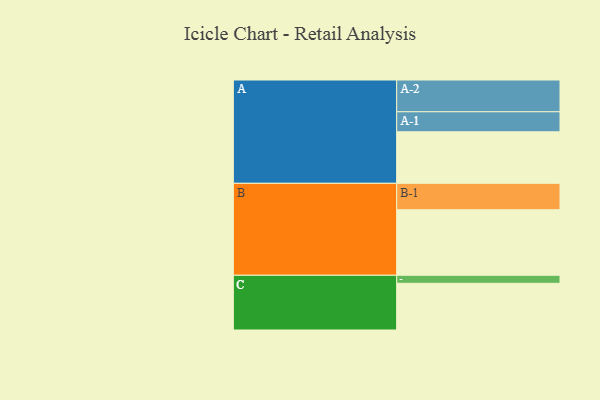
{"axis": {"x": "Segment", "y": "Value"}, "legend": ["", "A", "B", "C"], "data": [{"x": "A", "y": 462, "type": ""}, {"x": "B", "y": 588, "type": ""}, {"x": "C", "y": 419, "type": ""}, {"x": "A-1", "y": 180, "type": "A"}, {"x": "A-2", "y": 285, "type": "A"}, {"x": "B-1", "y": 237, "type": "B"}, {"x": "C-1", "y": 72, "type": "C"}]}